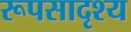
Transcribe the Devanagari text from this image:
रूपसादृश्य